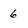
Character: 6